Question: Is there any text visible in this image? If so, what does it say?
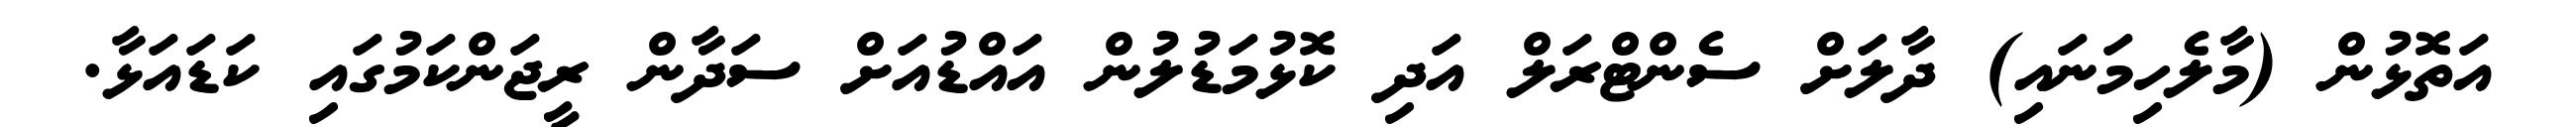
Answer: އަތޮޅުން (މާލެހިމަނައި) ދާލަށް ސެންޓްރަލް އަދި ކޮޅުމަޑުލުން އައްޑުއަށް ސަދާން ރީޖަންކަމުގައި ކަޑައަޅާ.